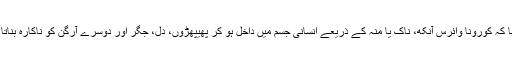
دنیا بھر کے طبی عملے اور تجربہ کار ڈاکٹرز نے تو خبردار کیا تھا کہ کورونا وائرس آنکھ، ناک یا منہ کے ذریعے انسانی جسم میں داخل ہو کر پھیپھڑوں، دل، جگر اور دوسرے آرگن کو ناکارہ بناتا ہے جس سے چند دن کے اندر اندر انسان کی موت واقع ہو جاتی ہے۔